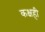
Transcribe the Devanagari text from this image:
कक्षही